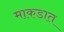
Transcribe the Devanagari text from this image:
माकडात